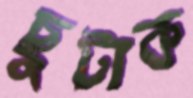
ছুটাক